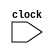
`define PC R[15] //  PC  R[15] 

module cpu0m(input clock); // CPU0-Mini cpu0mc 
  parameter [7:0] LD = 8'h00, ST=8'h01, ADD=8'h13, JMP=8'h26; //  4 
  reg signed [31:0] R [0:15];   //  R[0..15]  16  32 
  reg signed [31:0] IR;         //  IR
  reg [7:0] m [0:128];          // 
  reg [7:0] op;                 //  op
  reg [3:0] ra, rb, rc;         //  ra, rb, rc
  reg signed [11:0] cx12;       // 12  cx12
  reg signed [15:0] cx16;       // 16  cx16
  reg signed [23:0] cx24;       // 24  cx24
  reg signed [31:0] addr;       // 

  initial  // 
  begin
    `PC = 0;                    //  PC  0
    R[0] = 0;                   //  R[0]  0
    {m[0],m[1],m[2],m[3]}    = 32'h001F0018; // 0000       LD   R1, K1
    {m[4],m[5],m[6],m[7]}    = 32'h002F0010; // 0004       LD   R2, K0
    {m[8],m[9],m[10],m[11]}  = 32'h003F0014; // 0008       LD   R3, SUM
    {m[12],m[13],m[14],m[15]}= 32'h13221000; // 000C LOOP: ADD  R2, R2, R1
    {m[16],m[17],m[18],m[19]}= 32'h13332000; // 0010       ADD  R3, R3, R2
    {m[20],m[21],m[22],m[23]}= 32'h26FFFFF4; // 0014       JMP  LOOP
    {m[24],m[25],m[26],m[27]}= 32'h00000000; // 0018 K0:   WORD 0
    {m[28],m[29],m[30],m[31]}= 32'h00000001; // 001C K1:   WORD 1
    {m[32],m[33],m[34],m[35]}= 32'h00000000; // 0020 SUM:  WORD 0
  end
  
  always @(posedge clock) begin //  clock 
      IR = {m[`PC], m[`PC+1], m[`PC+2], m[`PC+3]};  // IR=m[PC], 4  Byte 
      `PC = `PC+4;                                  // PC 
      {op,ra,rb,rc,cx12} = IR;                      //  IR  {op, ra, rb, rc, cx12}
      cx24 = IR[23:0];                              //            IR[23:0]  cx24
      cx16 = IR[15:0];                              //            IR[15:0]  cx16
      addr = R[rb]+cx16;                              //  = PC+cx16
      case (op) //  OP 
        LD: begin   //  R[ra] = m[addr]
          R[ra] = {m[addr], m[addr+1], m[addr+2], m[addr+3]};
          $write("%4dns %8x : LD  %x,%x,%-4x", $stime, `PC, ra, rb, cx16);
          end
        ST: begin   //  m[addr] = R[ra]
          {m[addr], m[addr+1], m[addr+2], m[addr+3]} = R[ra];
          $write("%4dns %8x : ST  %x,%x,%-4x", $stime, `PC, ra, rb, cx16);
          end
        ADD: begin  //  R[ra] = R[rb]+R[rc]
          R[ra] = R[rb]+R[rc];
          $write("%4dns %8x : ADD %x,%x,%-4x", $stime, `PC, ra, rb, rc);
          end
        JMP:begin   //  PC = PC + cx24
          addr = cx24; //  cx  32 
          `PC = `PC + addr; // =PC+cx
          $write("%4dns %8x : JMP %-8x", $stime, `PC, cx24);
          end
      endcase
      $display(" R[%2d]=%4d", ra, R[ra]); // 
  end
endmodule

module main;                // 
reg clock;                  //  clock 

cpu0m cpu(clock);          //  cpu0mc 

initial clock = 0;          //  clock  0
always #10 clock=~clock;    //  10  clock  20 
initial #640 $finish;       //  640 ( R[1]  1+2+...+10=55 )
endmodule